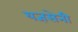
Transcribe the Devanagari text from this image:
यज्ञसेनी